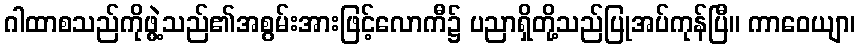
ဂါထာစသည်ကိုဖွဲ့သည်၏အစွမ်းအားဖြင့်လောကီ၌ ပညာရှိတို့သည်ပြုအပ်ကုန်ပြီ။ ကာဝေယျာ၊